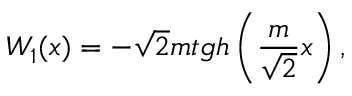
W _ { 1 } ( x ) = - \sqrt { 2 } m t g h \left( \frac { m } { \sqrt { 2 } } x \right) ,